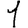
Digit: 1